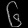
Digit: ၆